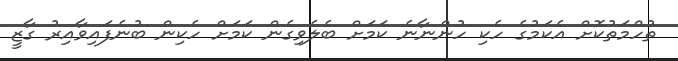
ތުހްމަތުކޮށް އެކަމުގެ ހެކި ހުންނާނެ ކަމަށް ބެލެވިގެން ކަމަށް ހެކިން ބުނެފައިވާއިރު ގާޒީ